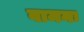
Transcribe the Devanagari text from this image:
वामनः